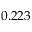
0 . 2 2 3